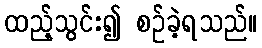
ထည့်သွင်း၍ စဉ်ခဲ့ရသည်။